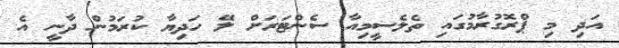
އަދި މި ޕްރޮގުރާމުގައި ތެލެސީމިއާ ސެންޓަރަށް ލޭ ހަދިޔާ ކުރަމުން ދާނީ އެ